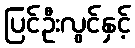
ပြင်ဦးလွင်နှင့်